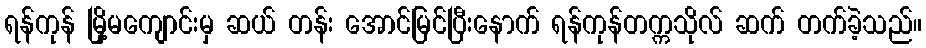
ရန်ကုန် မြို့မကျောင်းမှ ဆယ် တန်း အောင်မြင်ပြီးနောက် ရန်ကုန်တက္ကသိုလ် ဆက် တက်ခဲ့သည်။